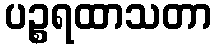
ပဉ္စရထာသတာ